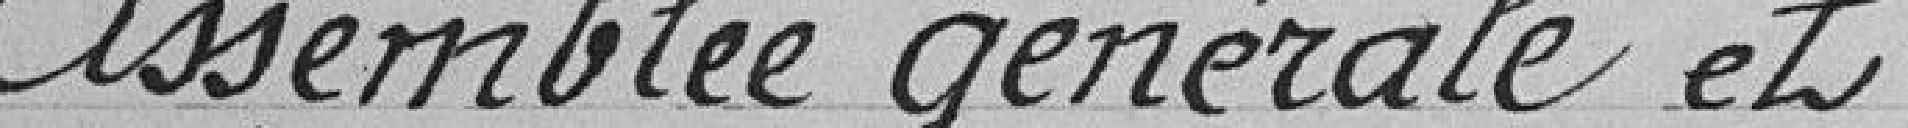
Assemblée générale et